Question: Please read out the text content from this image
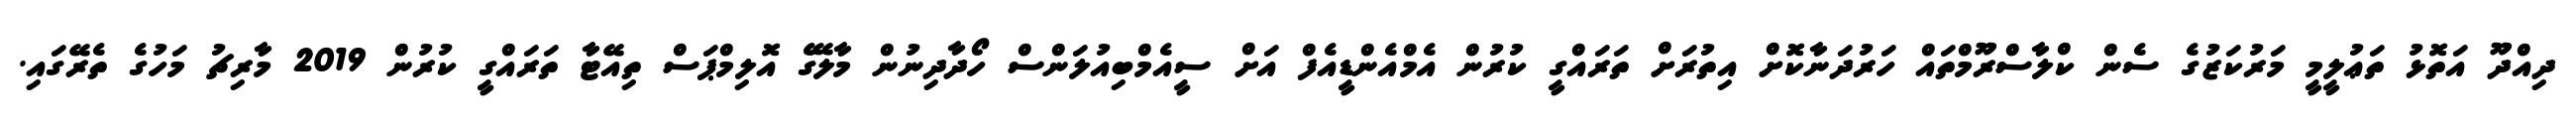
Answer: ދިއްދޫ އަތޮޅު ތަޢުލީމީ މަރުކަޒުގެ ސެން ކްލާސްރޫމްތައް ހަރުދަނާކޮށް އިތުރަށް ތަރައްގީ ކުރުން އެމްއެންޑީއެފް އަށް ސީއެމްބިއުލަންސް ހޯދާދިނުން މާލޭގެ އޮލިމްޕަސް ތިއޭޓާ ތަރައްގީ ކުރުން 2019 މާރިޗު މަހުގެ ތެރޭގައި.